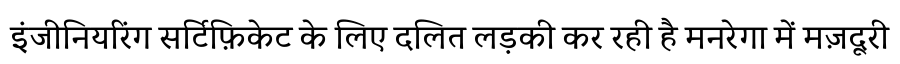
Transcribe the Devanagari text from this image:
इंजीनियरिंग सर्टिफ़िकेट के लिए दलित लड़की कर रही है मनरेगा में मज़दूरी